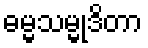
ဓမ္မသမ္မုဒိတာ